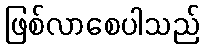
ဖြစ်လာစေပါသည်